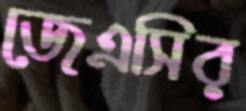
জেএসির